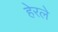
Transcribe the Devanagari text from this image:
हेरलेे